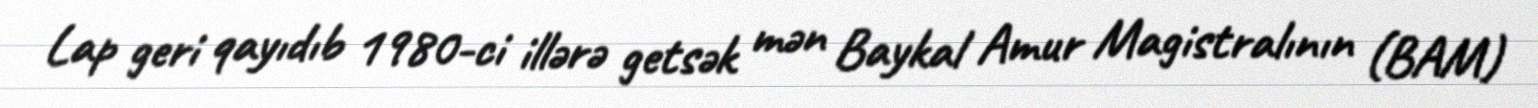
Lap geri qayıdıb 1980-ci illərə getsək mən Baykal Amur Magistralının (BAM)